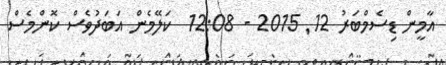
އާމީން ޑިސެމްބަރު 12